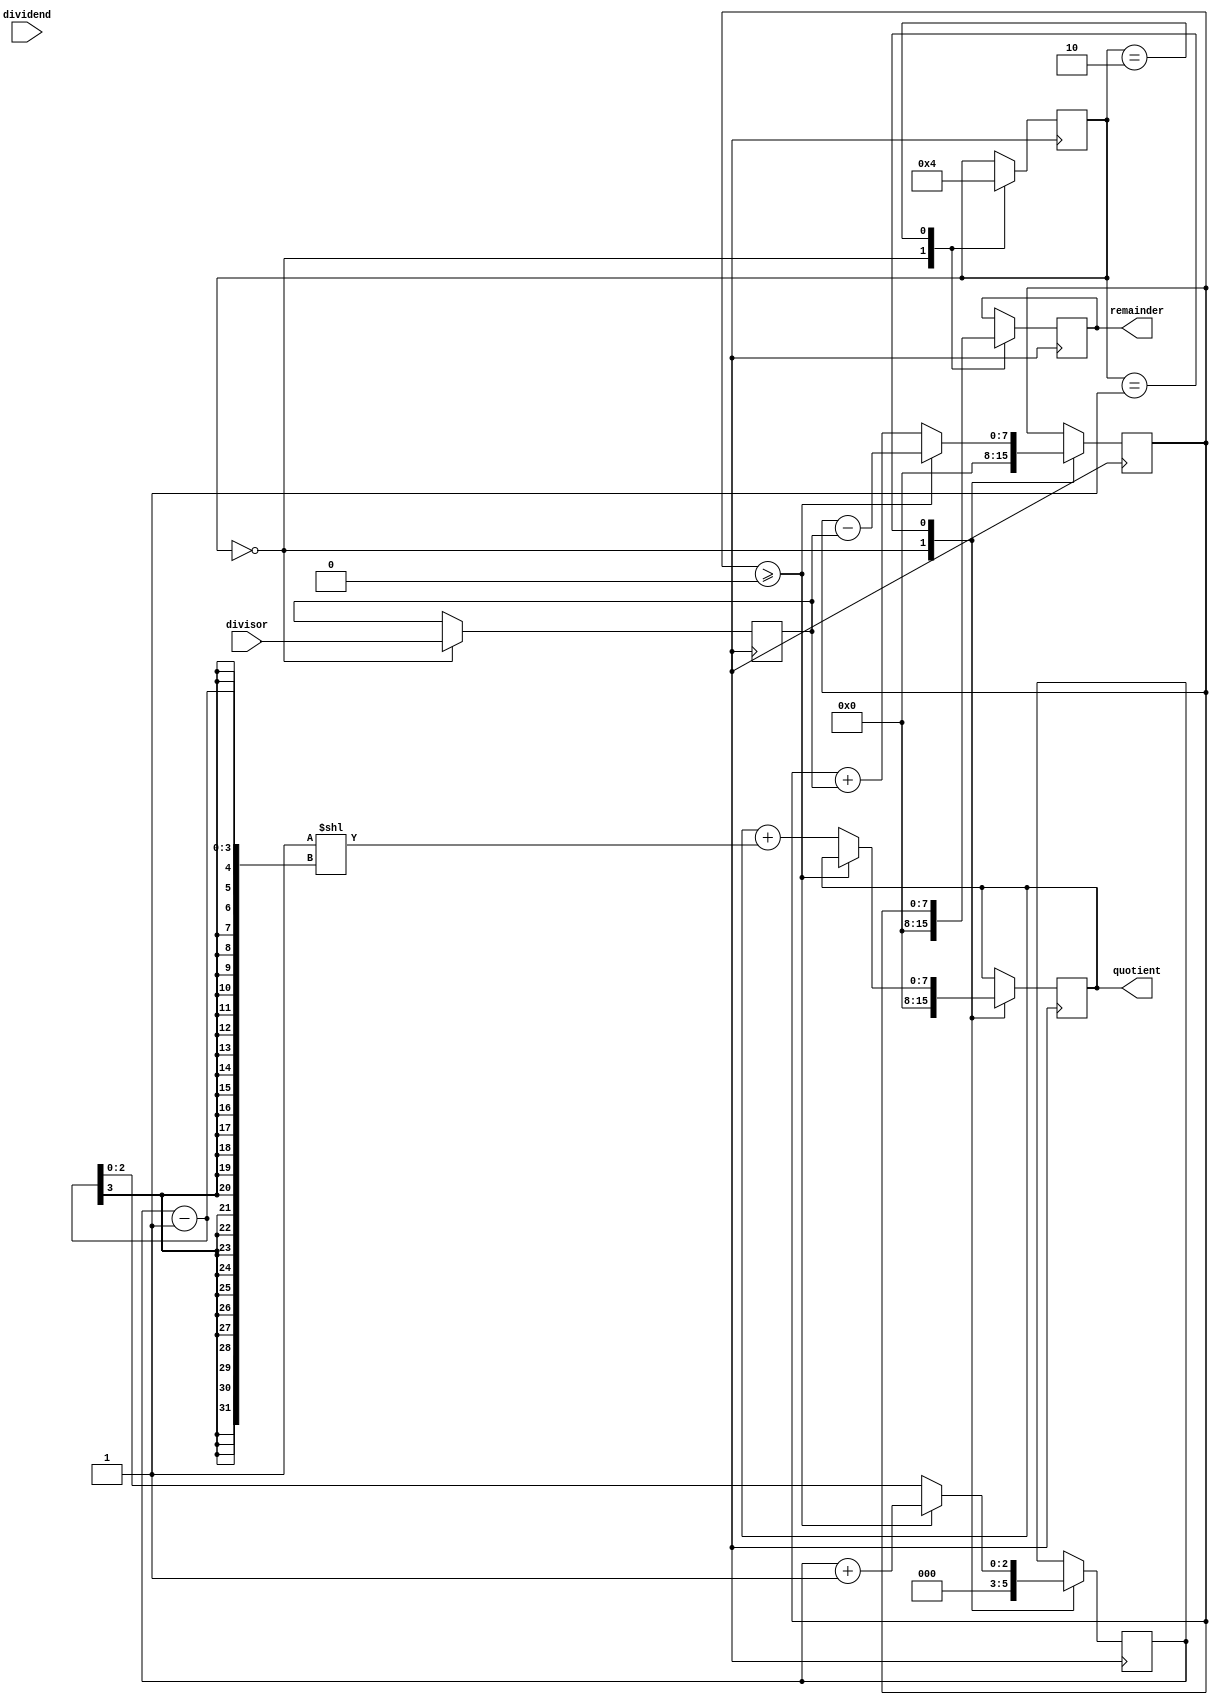
module BinaryDivider (
    input wire [7:0] dividend,
    input wire [7:0] divisor,
    output reg [7:0] quotient,
    output reg [7:0] remainder
);

reg [7:0] num1;
reg [7:0] num2;
reg [7:0] sub_result;
reg [2:0] count;
reg [1:0] state;

always @ (posedge clock) begin
    case (state)
        0: begin
            num1 <= dividend;
            num2 <= divisor;
            count <= 0;
            sub_result <= 0;
            quotient <= 0;
            remainder <= 0;
            state <= 1;
        end
        1: begin
            if (sub_result >= 0) begin
                sub_result <= sub_result - num2;
                count <= count + 1;
            end else begin
                quotient <= quotient + (1 << (count - 1));
                sub_result <= sub_result + num2;
                count <= count - 1;
            end
            if (count == 8) begin
                state <= 2;
            end
        end
        2: begin
            remainder <= sub_result;
            state <= 0;
        end
    endcase
end

endmodule